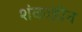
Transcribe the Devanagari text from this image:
शंकाहीन